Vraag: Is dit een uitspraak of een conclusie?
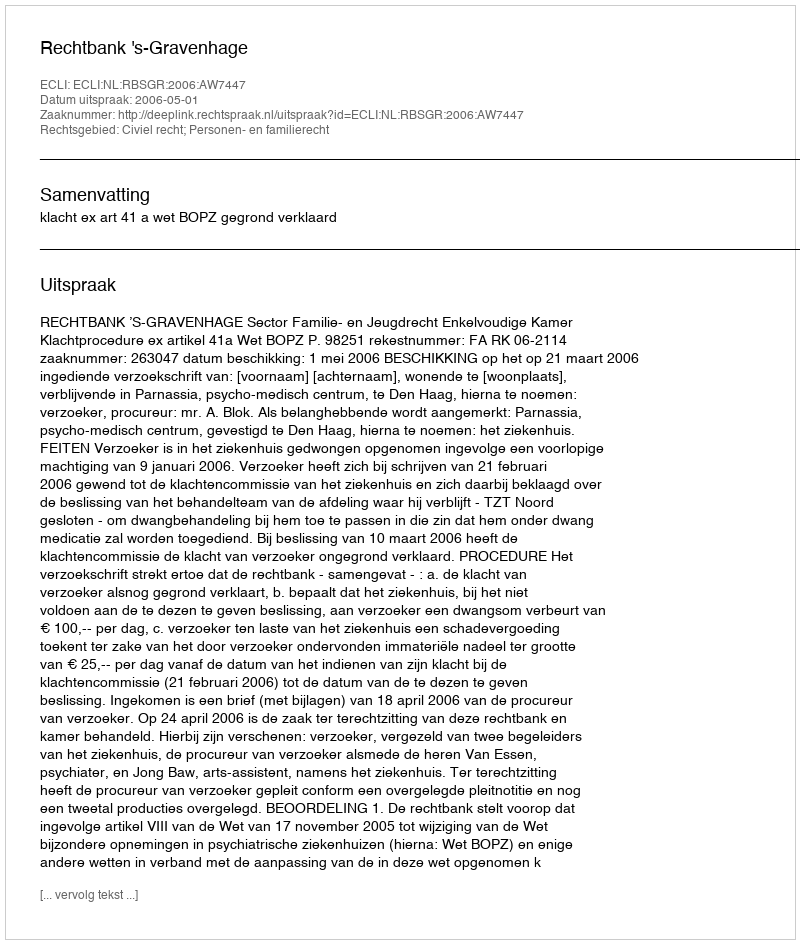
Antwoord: Uitspraak